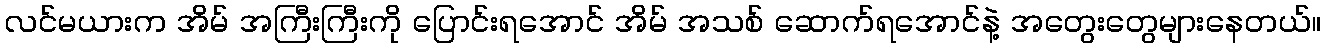
လင်မယားက အိမ် အကြီးကြီးကို ပြောင်းရအောင် အိမ် အသစ် ဆောက်ရအောင်နဲ့ အတွေးတွေများနေတယ်။